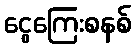
ငွေကြေးစနစ်